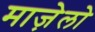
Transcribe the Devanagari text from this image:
माज़ेलो